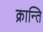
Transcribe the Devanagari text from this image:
क्रान्‍ति